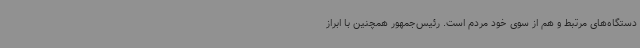
دستگاه‌های مرتبط و هم از سوی خود مردم است. رئیس‌جمهور همچنین با ابراز